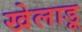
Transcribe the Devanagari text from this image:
खेलाडू